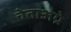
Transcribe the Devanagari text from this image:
चेताअग्रे